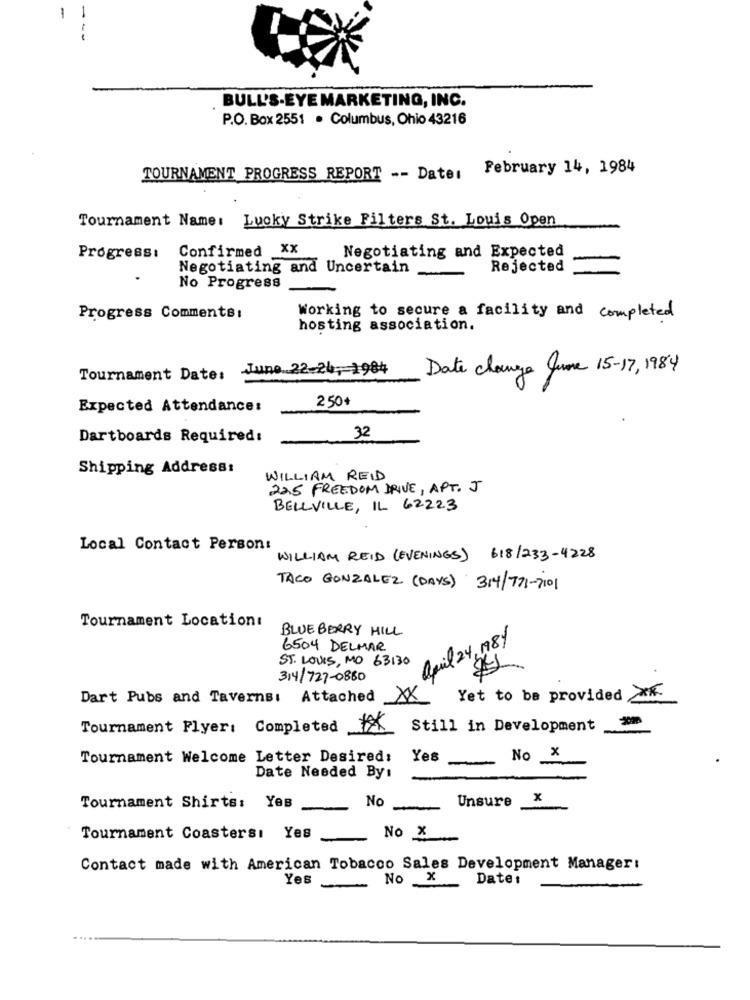
1
1
-
BULL'S-EYE MARKETING, INC.
P.O. Box 2551 . Columbus, Ohio 43216
February 14, 1984
TOURNAMENT PROGRESS REPORT -- Datei
Tournament Name: Lucky Strike Filters St. Louis Open
Confirmed XX
Negotiating and Expected
Progress:
Negotiating and Uncertain
Rejected
No Progress
Progress Comments:
Working to secure a facility and completed
hosting association.
June .. 22-24 ,- 1984
Date change June 15-17, 1984
Tournament Date:
250+
Expected Attendance:
Dartboards Required:
32
Shipping Address:
WILLIAM REID
225 FREEDOM DRIVE, APT. J
BELLVILLE, IL 62223
Local Contact Person:
WILLIAM REID (EVENINGS) 618/233-4228
TACO GONZALEZ (DAYS) 314/775-7101
Tournament Location:
BLUEBERRY HILL
april 24, 18/
6504 DELMAR
ST. LOUIS, MO 63130
314/727-0880
Dart Pubs and Taverns:
Attached
XX
Yet to be provided XX.
Tournament Flyer: Completed
Still in Development
No X
Tournament Welcome Letter Desired:
Yes
Date Needed By:
No
Unsure
x
Tournament Shirts: Yes
Tournament Coastersı Yes
No X
Contact made with American Tobacco Sales Development Manager:
No X
Date:
Yes